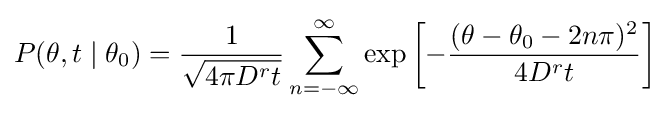
P(\theta ,t\mid \theta _{0})={\frac {1}{\sqrt {4\pi D^{r}t}}}\sum _{n=-\infty }^{\infty }\exp \left[-{\frac {(\theta -\theta _{0}-2n\pi )^{2}}{4D^{r}t}}\right]